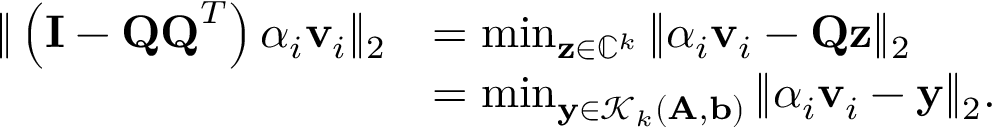
\begin{array} { r l } { \| \left( \mathbf { I } - \mathbf { Q Q } ^ { T } \right) \alpha _ { i } \mathbf { v } _ { i } \| _ { 2 } } & { = \operatorname* { m i n } _ { \mathbf { z } \in \mathbb { C } ^ { k } } \| \alpha _ { i } \mathbf { v } _ { i } - \mathbf { Q z } \| _ { 2 } } \\ & { = \operatorname* { m i n } _ { \mathbf { y } \in \mathcal { K } _ { k } ( \mathbf { A } , \mathbf { b } ) } \| \alpha _ { i } \mathbf { v } _ { i } - \mathbf { y } \| _ { 2 } . } \end{array}